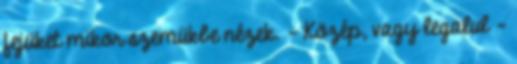
fejüket mikor szemükbe nézek. - Közép, vagy legalul -